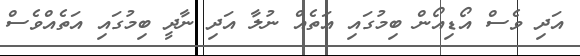
އަދި ވެސް އޯޑިއޯން ބިމުގައި އަތެެއް ނުލާ އަދި ނާދީ ބިމުގައި އަތެއްވެސް